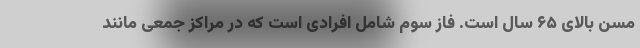
مسن بالای ۶۵ سال است. فاز سوم شامل افرادی است که در مراکز جمعی مانند